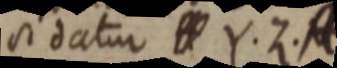
sidatur A Y. Z.